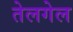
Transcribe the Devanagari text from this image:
तेलगेल